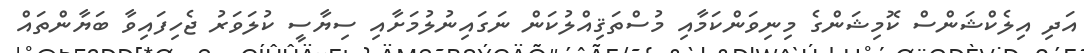
އަދި އިލެކްޝަންސް ކޮމިޝަންގެ މިނިވަންކަމާއި މުސްތަޤިއްލުކަން ނަގައިނުލުމަށާއި ސިޔާސީ ކުލަވަރު ޖެހިފައިވާ ބަޔާންތައް